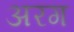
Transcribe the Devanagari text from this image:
अरग